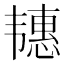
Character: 𬰶